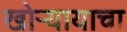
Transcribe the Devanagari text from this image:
खोऱ्यायाचा